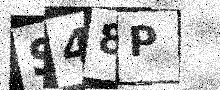
Text: S48P